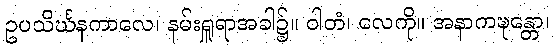
ဥပသိင်္ဃနကာလေ၊ နမ်းရှူရာအခါ၌။ ဝါတံ၊ လေကို။ အနာကဍ္ဎန္တော၊